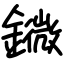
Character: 䥩